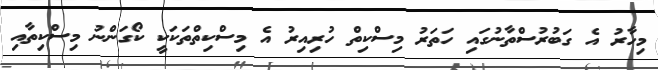
މިހާރު އެ ގަބުރުސްތާނުގައި ހަތަރު މިސްކިތް ހުރިއިރު އެ މިސްކިތްތަކަކީ ކޯގަންނު މިސްކިތާއި